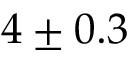
4 \pm 0 . 3